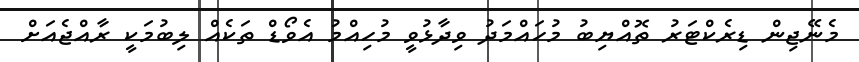
މެނޭޖިން ޑިރެކްޓަރު ތޮއްޔިބު މުހައްމަދު ވިދާޅުވީ މުހިއްމު އެވޯޑް ތަކެއް ލިބުމަކީ ރާއްޖެއަށް